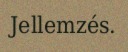
Jellemzés.